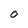
Character: O